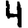
Digit: 4